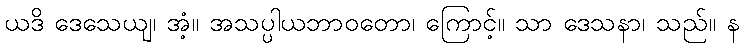
ယဒိ ဒေသေယျ၊ အံ့။ အသပ္ပါယဘာဝတော၊ ကြောင့်။ သာ ဒေသနာ၊ သည်။ န